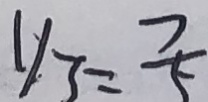
y _ { 3 } = \frac { 7 } { 5 }